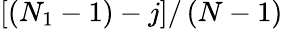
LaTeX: \left[(N_{1}-1)-j\right]/\left(N-1\right)